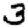
Digit: 3